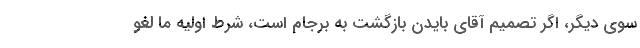
سوی دیگر، اگر تصمیم آقای بایدن بازگشت به برجام است، شرط اولیه ما لغو